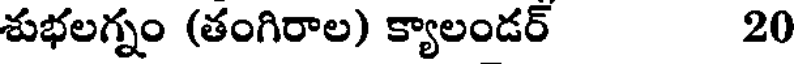
శుభలగ్నం (తంగిరాల) క్యాలండర్ 20